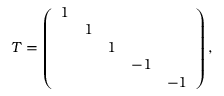
T = \left( \begin{array} { c c c c c } { { 1 } } & { { } } & { { } } & { { } } & { { } } \\ { { } } & { { 1 } } & { { } } & { { } } & { { } } \\ { { } } & { { } } & { { 1 } } & { { } } & { { } } \\ { { } } & { { } } & { { } } & { { - 1 } } & { { } } \\ { { } } & { { } } & { { } } & { { } } & { { - 1 } } \end{array} \right) ,